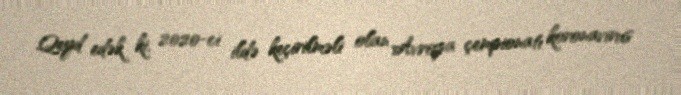
Qeyd edək ki, 2020-ci ildə keçirilməli olan Avropa çempionatı koronavirus